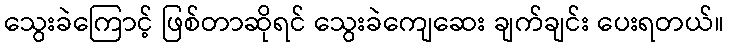
သွေးခဲကြောင့် ဖြစ်တာဆိုရင် သွေးခဲကျေဆေး ချက်ချင်း ပေးရတယ်။